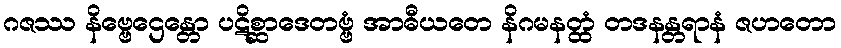
ဂဇဿ နိဗ္ဗေဌေန္တော ပဋိစ္ဆာဒေတဗ္ဗံ အာဓီယတေ နိဂမနတ္ထံ တဒနန္တရာနံ ဇဟတော